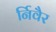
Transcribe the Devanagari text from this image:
र्निवैर